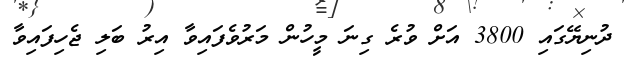
ދުނިޔޭގައި 3800 އަށް ވުރެ ގިނަ މީހުން މަރުވެފައިވާ އިރު ބަލި ޖެހިފައިވާ